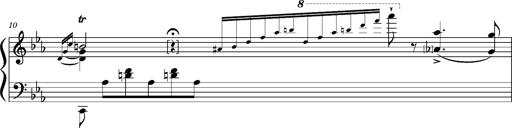
Title: PrÃ©ludes et Harmonies poÃ©tiques et religieuses
Composer: Franz Liszt